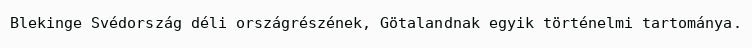
Blekinge Svédország déli országrészének, Götalandnak egyik történelmi tartománya.